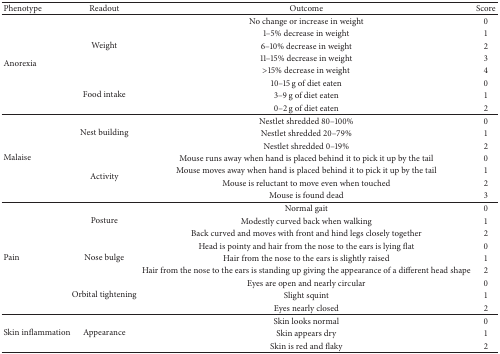
| Phenotype | Readout | Outcome | Score |
 | --- | --- | --- | --- |
 | <ROWSPAN=8> Anorexia | <ROWSPAN=5> Weight | No change or increase in weight | 0 |
 | 1–5% decrease in weight | 1 |
 | 6–10% decrease in weight | 2 |
 | 11–15% decrease in weight | 3 |
 | >15% decrease in weight | 4 |
 | <ROWSPAN=3> Food intake | 10–15 g of diet eaten | 0 |
 | 3–9 g of diet eaten | 1 |
 | 0–2 g of diet eaten | 2 |
 | <ROWSPAN=7> Malaise | <ROWSPAN=3> Nest building | Nestlet shredded 80–100% | 0 |
 | Nestlet shredded 20–79% | 1 |
 | Nestlet shredded 0–19% | 2 |
 | <ROWSPAN=4> Activity | Mouse runs away when hand is placed behind it to pick it up by the tail | 0 |
 | Mouse moves away when hand is placed behind it to pick it up by the tail | 1 |
 | Mouse is reluctant to move even when touched | 2 |
 | Mouse is found dead | 3 |
 | <ROWSPAN=9> Pain | <ROWSPAN=3> Posture | Normal gait | 0 |
 | Modestly curved back when walking | 1 |
 | Back curved and moves with front and hind legs closely together | 2 |
 | <ROWSPAN=3> Nose bulge | Head is pointy and hair from the nose to the ears is lying flat | 0 |
 | Hair from the nose to the ears is slightly raised | 1 |
 | Hair from the nose to the ears is standing up giving the appearance of a different head shape | 2 |
 | <ROWSPAN=3> Orbital tightening | Eyes are open and nearly circular | 0 |
 | Slight squint | 1 |
 | Eyes nearly closed | 2 |
 | <ROWSPAN=3> Skin inflammation | <ROWSPAN=3> Appearance | Skin looks normal | 0 |
 | Skin appears dry | 1 |
 | Skin is red and flaky | 2 |